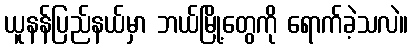
ယူနန်ပြည်နယ်မှာ ဘယ်မြို့တွေကို ရောက်ခဲ့သလဲ။